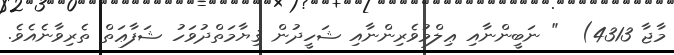
މާޖާ 4313)  " ނަބީންނާއި ޢިލްމުވެރިންނާއި ޝަހީދުން ޤިޔާމަތްދުވަހު ޝަފާޢަތް ތެރިވާނެއެވެ.